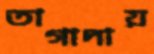
তাগাদায়